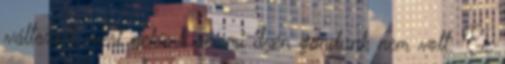
változott, mert nekünk semmi ilyen gondunk nem volt. Ez